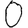
Digit: 0